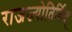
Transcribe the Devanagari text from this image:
राजज्योतिर्विद्